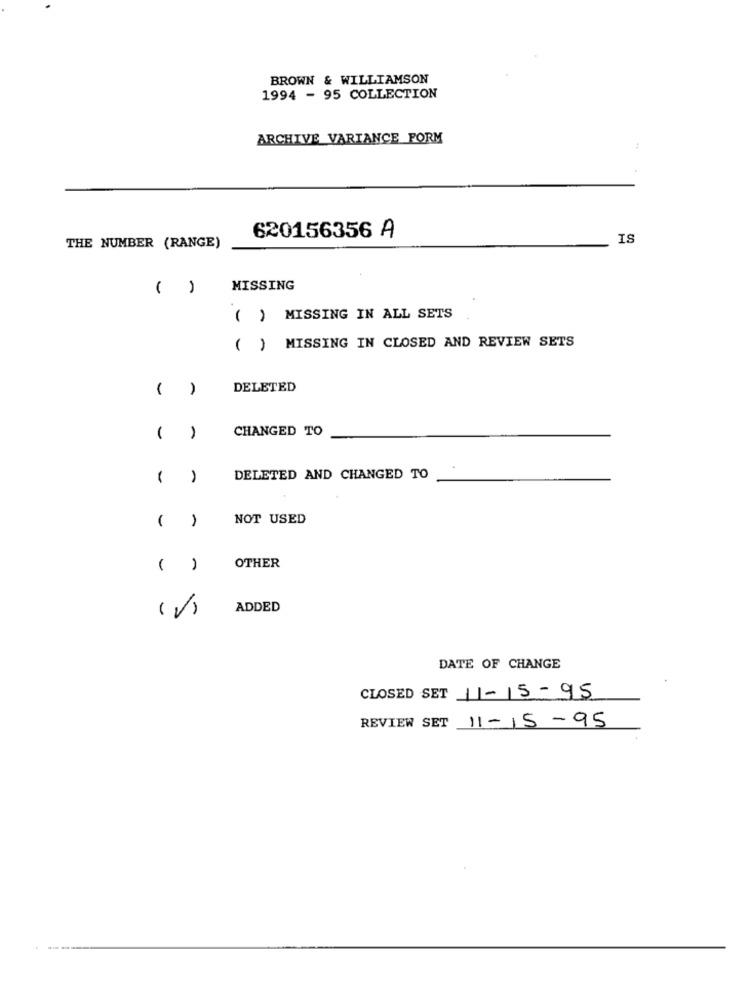
BROWN & WILLIAMSON
1994 - 95 COLLECTION
ARCHIVE VARIANCE FORM
620156356 A
IS
THE NUMBER (RANGE)
( )
MISSING
( ) MISSING IN ALL SETS
MISSING IN CLOSED AND REVIEW SETS
( )
( )
DELETED
CHANGED TO
( )
( )
DELETED AND CHANGED TO
( )
NOT USED
( )
OTHER
(/)
ADDED
DATE OF CHANGE
CLOSED SET 11-15-95
REVIEW SET 11-15-95